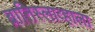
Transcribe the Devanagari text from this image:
ब्रातिस्लाव्हाला